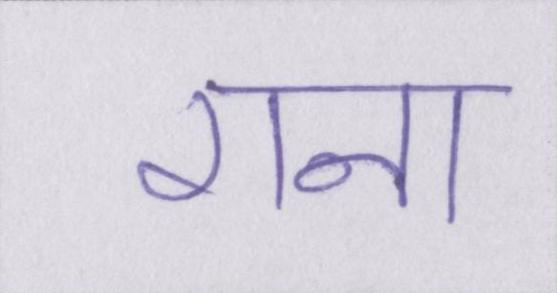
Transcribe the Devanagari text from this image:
राना